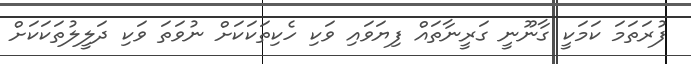
ފުރަތަމަ ކަމަކީ ގާނޫނީ ގަރީނާތައް ފިޔަވައި ވަކި ހެކިތަކަކަށް ނުވަތަ ވަކި ދަލީލުތަކަކަށް